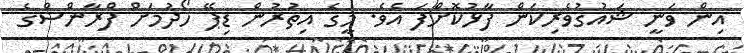
އިން ވަނީ ޝައުގުވެރިކަން ފާޅުކޮށްފަ އެވެ. މީގެ އިތުރުން ޑިޕޭ ހޯދުމަށް ފްރާންސްގެ